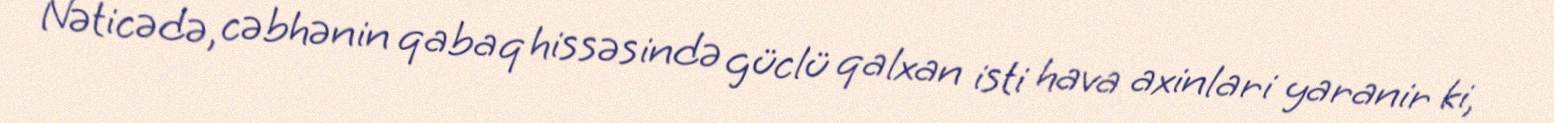
Nəticədə, cəbhənin qabaq hissəsində güclü qalxan isti hava axinlari yaranir ki,